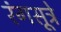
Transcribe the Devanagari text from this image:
रंगसूत्रे